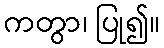
ကတွာ၊ ပြု၍။